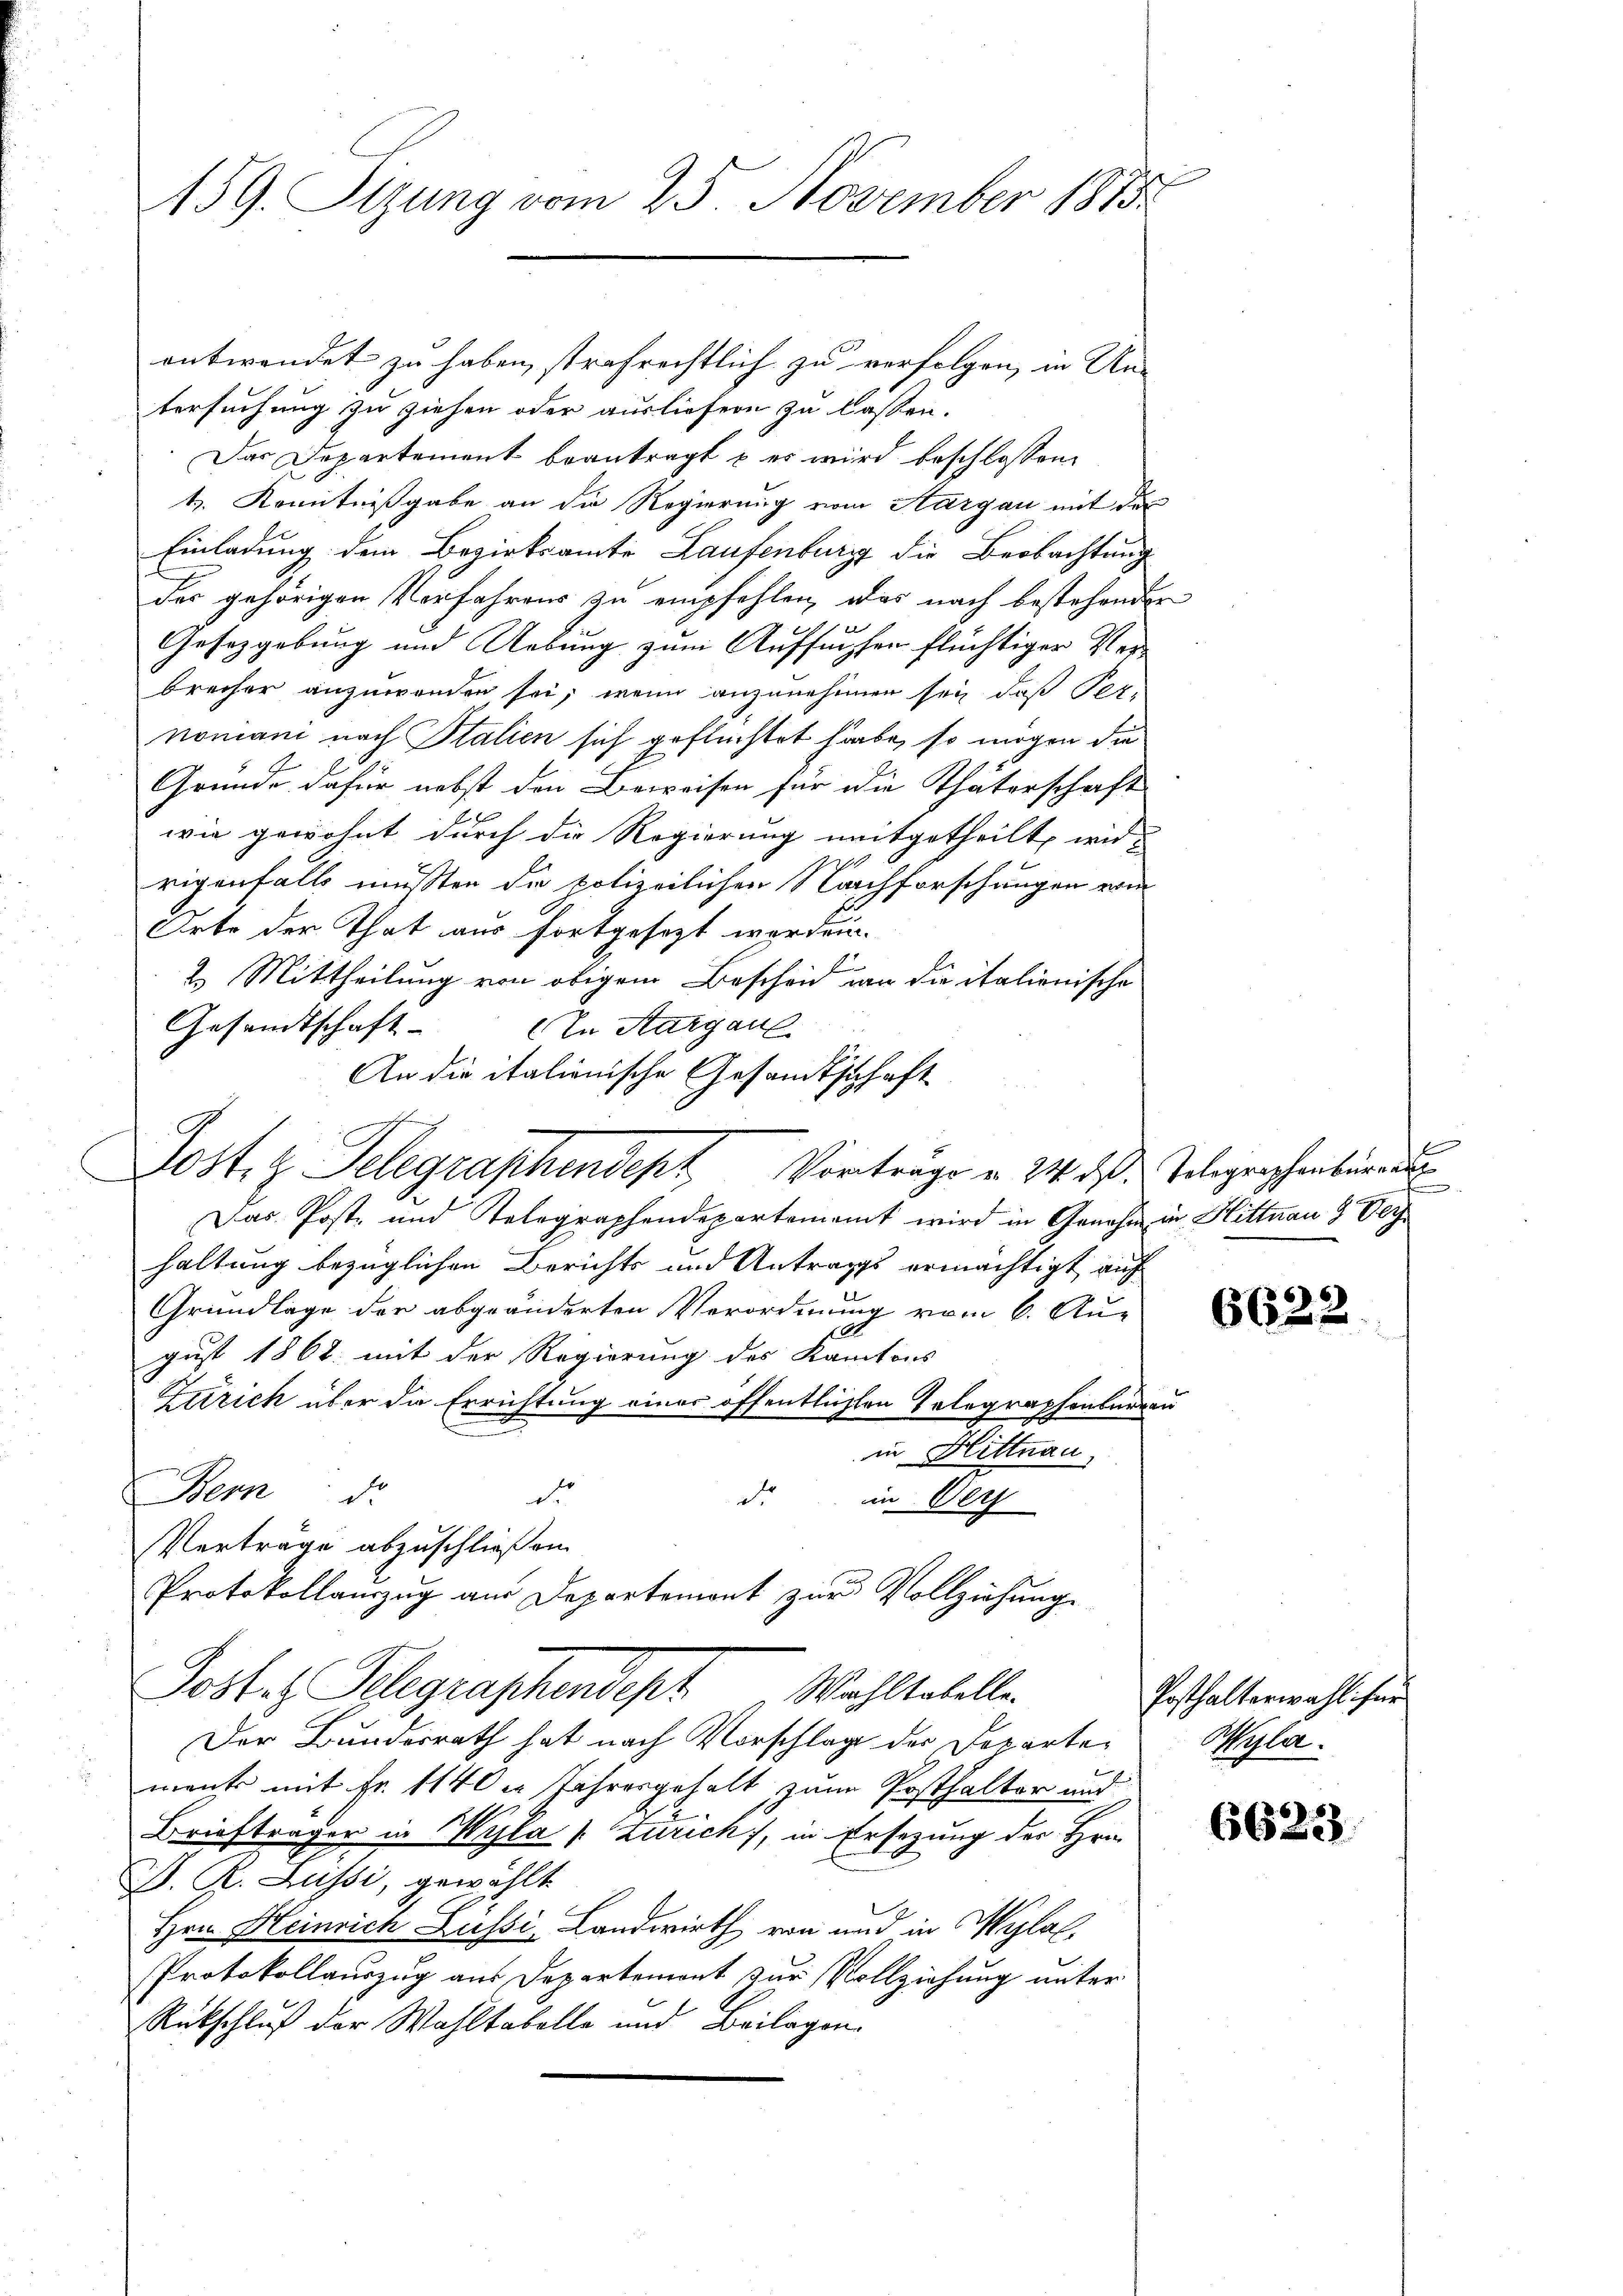
159. Sizung vom 25. November 1875

entwendet zu haben, strafrechtlich zu verfolgen, in Un-
tersuchung zu ziehen oder ausliefern zu lassen.
Das Departement beantragt u es wird beschlossen:
t. Kenntnißgabe an die Regierung vom Aargau mit der
Einladung dem Bezirksamte Laufenburg die Beobachtung
der gehörigen Verfahrens zu empfehlen, was nach bestehender
Gesetzgebung und Uebung zum Aufsuchen flüchtiger Verbrecher anzuwenden sei, wenn anzunehmen sey, daß Per-
nomani nach Italien sich geflüchtet habe, so mögen die
Gründe dafür nebst den Beweisen für die Thäterschaft
wie gewohnt durch die Regierung mitgetheilt, wid-
rigenfalls müssten de polizeilichen Nachforschungen vom
Orte der That aus fortgesezt worden.
2
2. Mittheilung von obigem Bescheid von die italienische
Gesandtschaft-
In Sargaul
An die italienische Gesandtschaft
Lost. z. Telegraphendept Vorträge u. 24 des Telegraphenbüre
Das Post- und Telegraphendepartement wird in Genehm in Hittnau & Verhaltung bezüglichen Berichts und Antrags ermächtigt, auf
Grundlage der abgeänderten Verordnung vom 6. Aug
gust 1862 mit der Regierung des Kantons
Zürich über die Errichtung einer öffentlichten Telegraphenburgen
in Hittnau
Bern de
de
d im Verz
Verträge abzuschließen.
Protokollauszug aus Departemont zur Vollziehung
Postes Telegraphendept. Wohltabelle
Der Bundesrath hat nach Vorschlag der Departement mit Fr. 1140 Jahresgehalt, zum Posthalter und
Briefträger in Wyla [Zürich), in Ersezung der Hrn.
D. R. Lussi, gewählt
Hrn. Heinrich Lussi, Landwirth von und in Wylal.
Protokollauszug aus Departemont zur Vollziehung unter
Rückschluß der Wahltabelle und Beilagen.

6622

Posthalterwahl für
Wyla.

6623.